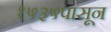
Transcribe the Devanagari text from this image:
१५३५पासून